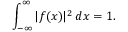
\int _ { - \infty } ^ { \infty } | f ( x ) | ^ { 2 } \, d x = 1 .